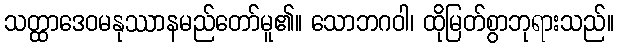
သတ္ထာဒေဝမနုဿာနမည်တော်မူ၏။ သောဘဂဝါ၊ ထိုမြတ်စွာဘုရားသည်။